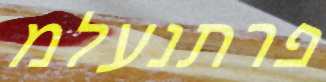
פרתנעלמ